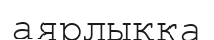
аярлыққа